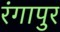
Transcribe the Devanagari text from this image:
रंगापुर